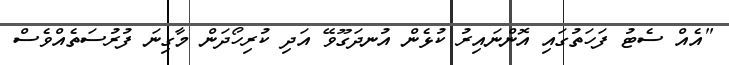
"އެއް ސެޓު ފަހަތުގައި އޮންނައިރު ކުޅެން އުނދަގޫވޭ އަދި ކުރިހޯދަން މާގިނަ ފުރުސަތެއްވެސް